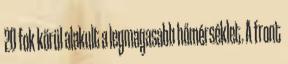
20 fok körül alakult a legmagasabb hőmérséklet. A front